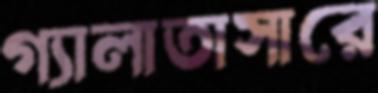
গ্যালাতাসারে